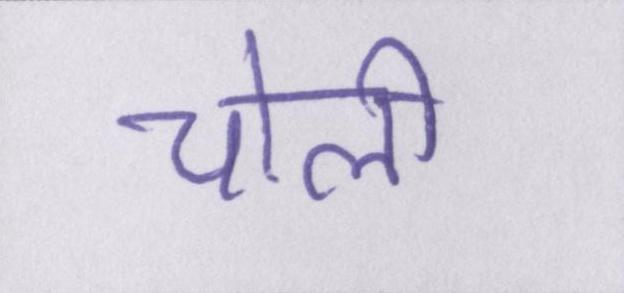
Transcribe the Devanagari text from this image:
चोली